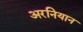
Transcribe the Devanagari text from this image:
अरनियान